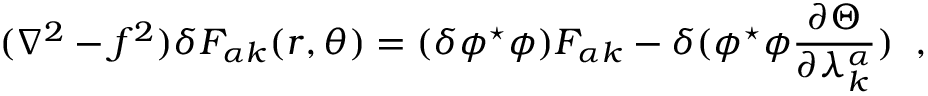
( \nabla ^ { 2 } - f ^ { 2 } ) \delta F _ { \alpha k } ( r , \theta ) = ( \delta \phi ^ { \star } \phi ) F _ { \alpha k } - \delta ( \phi ^ { \star } \phi \frac { \partial \Theta } { \partial \lambda _ { k } ^ { \alpha } } ) \; \; ,